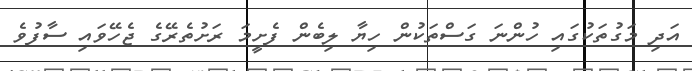
އަދި މަގުތަކުގައި ހުންނަ ގަސްތަކުން ހިޔާ ލިބެން ފެށީމަ ރަށުތެރޭގެ ޖެހޭވައި ސާފުވެ